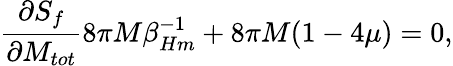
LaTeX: {\frac{\partial S_{f}}{\partial M_{tot}}}8\pi M\beta_{Hm}^{-1}+8\pi M(1-4\mu)=0,